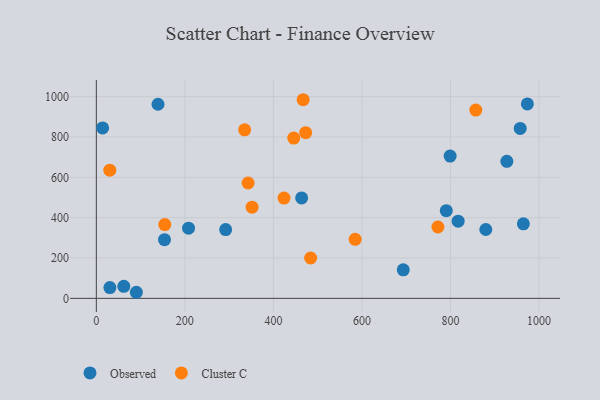
{"axis": {"x": "Study Hours", "y": "Demand"}, "legend": ["Cluster C", "Observed"], "data": [{"x": "957.5", "y": 842.2, "type": "Observed"}, {"x": "799.2", "y": 705.0, "type": "Observed"}, {"x": "14.2", "y": 844.7, "type": "Observed"}, {"x": "139.3", "y": 962.0, "type": "Observed"}, {"x": "790.5", "y": 434.7, "type": "Observed"}, {"x": "154.0", "y": 290.6, "type": "Observed"}, {"x": "292.1", "y": 341.0, "type": "Observed"}, {"x": "879.8", "y": 341.2, "type": "Observed"}, {"x": "973.7", "y": 963.9, "type": "Observed"}, {"x": "964.7", "y": 369.5, "type": "Observed"}, {"x": "927.3", "y": 679.1, "type": "Observed"}, {"x": "62.0", "y": 59.5, "type": "Observed"}, {"x": "693.3", "y": 141.6, "type": "Observed"}, {"x": "463.8", "y": 497.8, "type": "Observed"}, {"x": "817.3", "y": 382.3, "type": "Observed"}, {"x": "208.3", "y": 348.0, "type": "Observed"}, {"x": "30.6", "y": 53.5, "type": "Observed"}, {"x": "90.4", "y": 30.1, "type": "Observed"}, {"x": "423.9", "y": 496.8, "type": "Cluster C"}, {"x": "467.2", "y": 984.5, "type": "Cluster C"}, {"x": "472.9", "y": 821.0, "type": "Cluster C"}, {"x": "335.0", "y": 835.5, "type": "Cluster C"}, {"x": "771.6", "y": 353.6, "type": "Cluster C"}, {"x": "342.8", "y": 571.7, "type": "Cluster C"}, {"x": "30.4", "y": 635.1, "type": "Cluster C"}, {"x": "351.9", "y": 451.9, "type": "Cluster C"}, {"x": "484.1", "y": 199.9, "type": "Cluster C"}, {"x": "154.6", "y": 365.7, "type": "Cluster C"}, {"x": "857.2", "y": 933.0, "type": "Cluster C"}, {"x": "445.9", "y": 794.3, "type": "Cluster C"}, {"x": "584.7", "y": 292.8, "type": "Cluster C"}]}